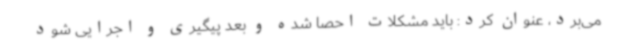
می‌برد، عنوان کرد: باید مشکلات احصا شده و بعد پیگیری و اجرایی شود